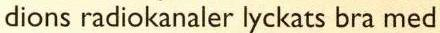
dions radiokanaler lyckats bra med